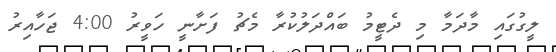
ލީގުގައި މާދަމާ މި ދެޓީމު ބައްދަލުކުރާ މެޗު ފަށާނީ ހަވީރު 4:00 ޖަހާއިރު